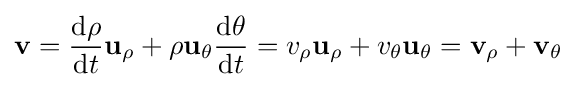
\mathbf {v} ={\frac {\mathrm {d} \rho }{\mathrm {d} t}}\mathbf {u} _{\rho }+\rho \mathbf {u} _{\theta }{\frac {\mathrm {d} \theta }{\mathrm {d} t}}=v_{\rho }\mathbf {u} _{\rho }+v_{\theta }\mathbf {u} _{\theta }=\mathbf {v} _{\rho }+\mathbf {v} _{\theta }